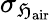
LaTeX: \sigma_{\mathfrak{H}_{\mathrm{{air}}}}